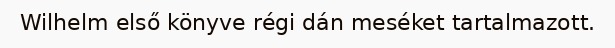
Wilhelm első könyve régi dán meséket tartalmazott.